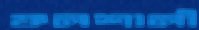
ফলশালী